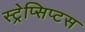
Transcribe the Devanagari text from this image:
स्ट्रेप्सिप्टस